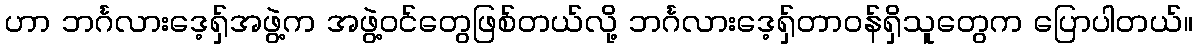
ဟာ ဘင်္ဂလားဒေ့ရှ်အဖွဲ့က အဖွဲ့ဝင်တွေဖြစ်တယ်လို့ ဘင်္ဂလားဒေ့ရှ်တာဝန်ရှိသူတွေက ပြောပါတယ်။